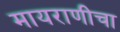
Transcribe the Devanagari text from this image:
मायराणीचा